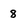
Character: 8